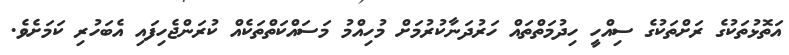
އަތޮޅުތަކުގެ ރަށްތަކުގެ ސިއްހީ ހިދުމަތްތައް ހަރުދަނާކުރުމަށް މުހިއްމު މަސައްކަތްތަކެއް ކުރަންޖެހިފައި އެބަހުރި ކަމަށެވެ.